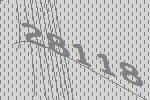
28118